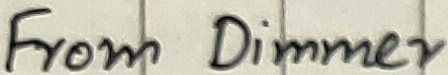
Text: From Dimmer